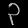
Digit: ၃